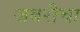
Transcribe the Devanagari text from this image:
जबरीचा